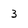
Character: 3